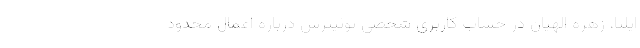
ایلنا، زهره الهیان در حساب کاربری شخصی توئیترش درباره اعمال محدود